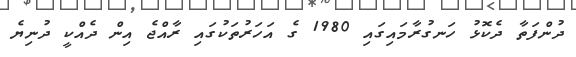
ދުންފަތާ ދެކޮޅު ހަނގުރާމައިގައި 1980 ގެ އަހަރުތަކުގައި ރާއްޖެ އިން ދެއްކީ ދުނިޔެ